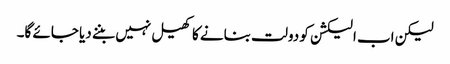
لیکن اب الیکشن کو دولت بنانے کا کھیل نہیں بننے دیا جائے گا۔